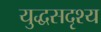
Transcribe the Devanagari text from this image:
युद्धसदृश्य